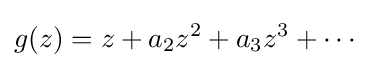
g(z)=z+a_{2}z^{2}+a_{3}z^{3}+\cdots